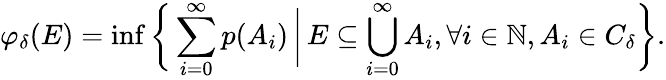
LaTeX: \varphi_{\delta}(E)=\operatorname*{inf}{\biggl\{ }\sum_{i=0}^{\infty}p(A_{i})\, {\bigg|}\, E\subseteq\bigcup_{i=0}^{\infty}A_{i},\forall i\in\mathbb{N},A_{i}\in C_{\delta}{\biggr\} }.